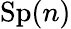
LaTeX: \operatorname{Sp}(n)